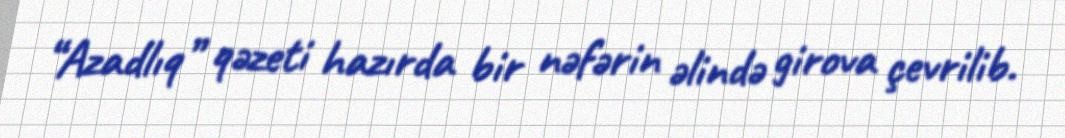
“Azadlıq” qəzeti hazırda bir nəfərin əlində girova çevrilib.